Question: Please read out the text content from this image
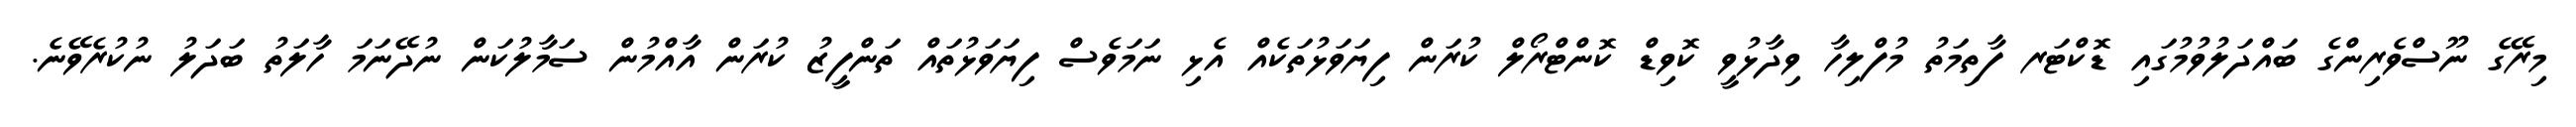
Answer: މިރޭގެ ނޫސްވެރިންގެ ބައްދަލުވުމުގައި ޑޮކްޓަރ ފާތިމަތު މުފްލިހާ ވިދާޅުވީ ކޮވިޑް ކޮންޓްރޯލް ކުރަން ފިޔަވަޅުތަކެއް އެޅި ނަމަވެސް ފިޔަވަޅުތައް ތަންފީޒު ކުރަން އާއްމުން ސަމާލުކަން ނުދޭނަމަ ހާލަތު ބަދަލު ނުކުރެވޭނެ.